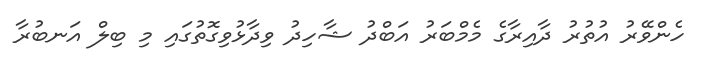
ހެންވޭރު އުތުރު ދާއިރާގެ މެމްބަރު އަބްދު ޝާހިދު ވިދާޅުވިގޮތުގައި މި ބިލް އަނބުރާ